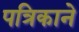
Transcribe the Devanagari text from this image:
पत्रिकाने